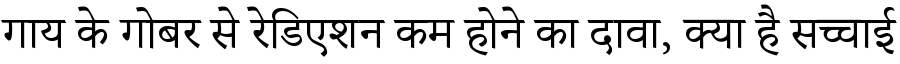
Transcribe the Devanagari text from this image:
गाय के गोबर से रेडिएशन कम होने का दावा, क्या है सच्चाई